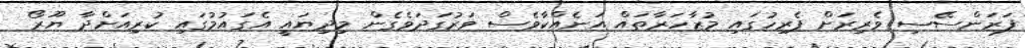
ފަރަންސޭސި ވެރިރަށް ޕެރިހުގައި މުޒާހަރާތައް އަނެއްކާވެސް ވަރުގަދަވެގެން މިދިޔައީ އެގައުމުގައި ކުރިއަށްދާ ޔޫރޯ